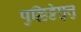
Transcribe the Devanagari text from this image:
पुल्लिट्टेष़ुत्तु